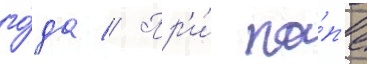
го́да // Пр'и́ па́п'е